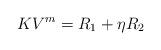
LaTeX: \begin{align*}K V^m=R_1+\eta R_2\end{align*}